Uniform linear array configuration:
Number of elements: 24
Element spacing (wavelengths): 1
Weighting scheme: blackman
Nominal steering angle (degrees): -15
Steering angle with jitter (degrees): -13.856
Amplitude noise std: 0.05
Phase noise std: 0.05

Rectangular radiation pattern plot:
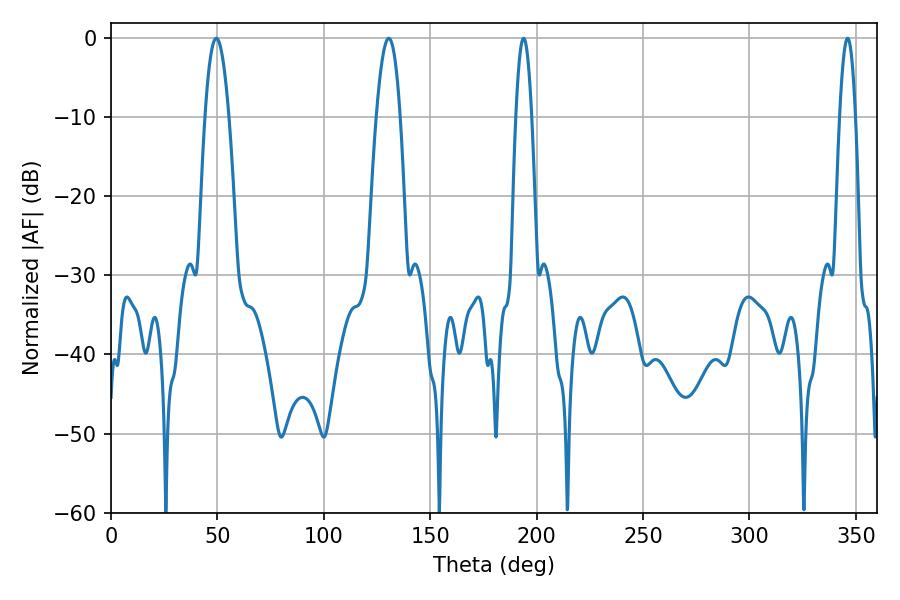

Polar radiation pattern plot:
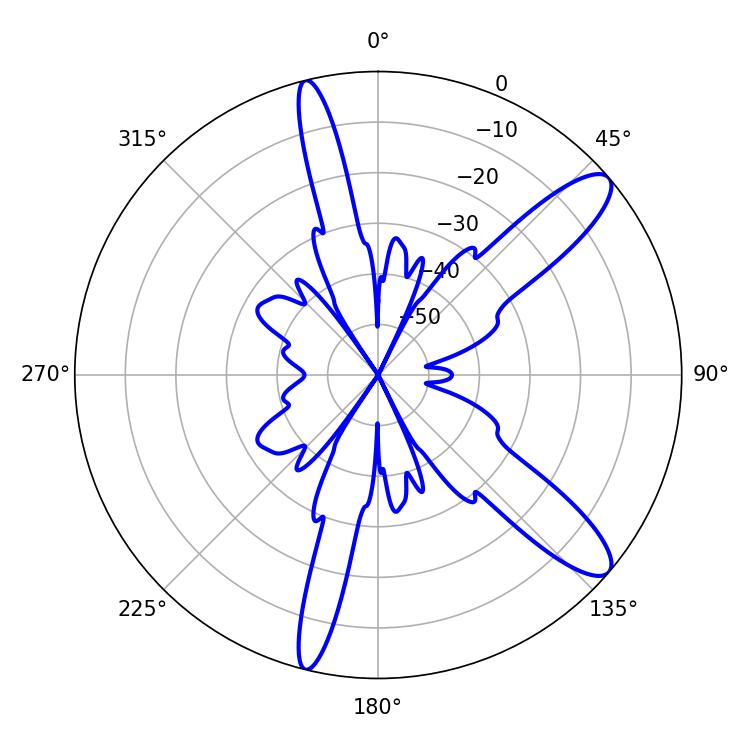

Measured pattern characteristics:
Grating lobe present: TRUE
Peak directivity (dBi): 11.549
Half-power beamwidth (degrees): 6.12
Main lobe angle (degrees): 49.5